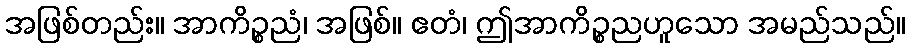
အဖြစ်တည်း။ အာကိဉ္စညံ၊ အဖြစ်။ ဧတံ၊ ဤအာကိဉ္စညဟူသော အမည်သည်။